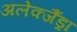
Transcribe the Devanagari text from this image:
अलेक्जैंड्रा